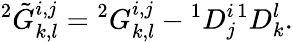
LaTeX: {}^{2}\tilde{G}_{k,l}^{i,j}={}^{2}G_{k,l}^{i,j}-{}^{1}D_{j}^{i}{}^{1}D_{k}^{l}.